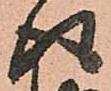
得